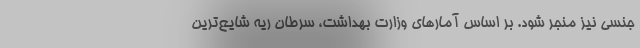
جنسی نیز منجر شود. بر اساس آمار‌های وزارت بهداشت، سرطان ریه شایع‌ترین